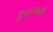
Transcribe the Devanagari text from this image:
सुल्तानशारी